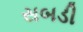
સબડી